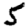
Digit: 5